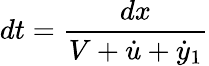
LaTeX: dt=\frac{dx}{V+\dot{u}+\dot{y}_{1}}